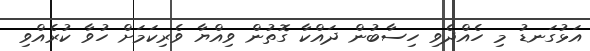
އަޅުގަނޑު މި ހެއްދެވި ހިސާބުން ދައްކާ ގޮތުން ވިއްޔާ ވެރިކަމަށް ހުވާ ކުރެއްވި